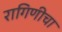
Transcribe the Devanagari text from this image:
रागिणीचा